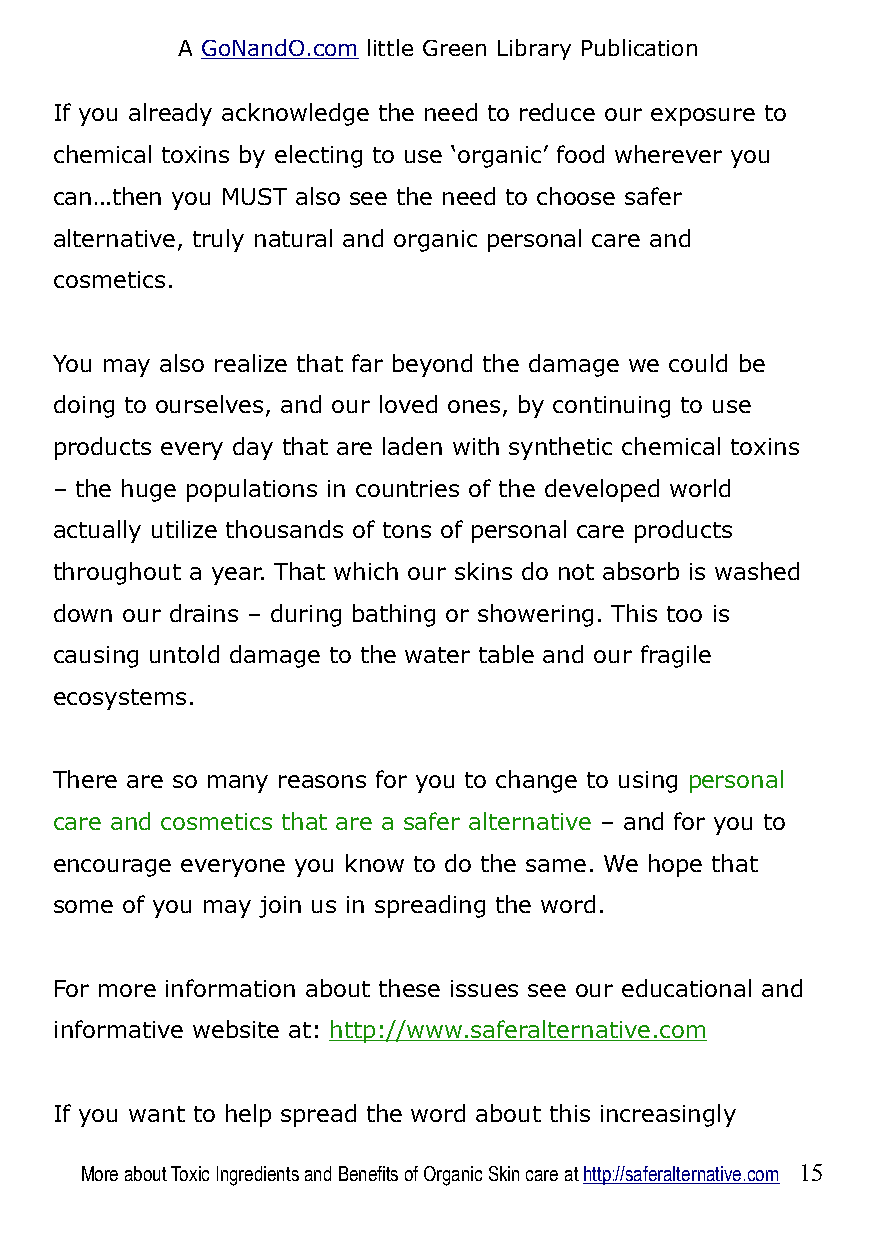
A GoNandO.com little Green Library Publication
 If you already acknowledge the need to reduce our exposure to
 chemical toxins by electing to use ‘organic’ food wherever you
 can…then you MUST also see the need to choose safer
 alternative, truly natural and organic personal care and
 cosmetics.
 You may also realize that far beyond the damage we could be
 doing to ourselves, and our loved ones, by continuing to use
 products every day that are laden with synthetic chemical toxins
 – the huge populations in countries of the developed world
 actually utilize thousands of tons of personal care products
 throughout a year. That which our skins do not absorb is washed
 down our drains – during bathing or showering. This too is
 causing untold damage to the water table and our fragile
 ecosystems.
 There are so many reasons for you to change to using personal
 care and cosmetics that are a safer alternative – and for you to
 encourage everyone you know to do the same. We hope that
 some of you may join us in spreading the word.
 For more information about these issues see our educational and
 informative website at: http://www.saferalternative.com
 If you want to help spread the word about this increasingly
 More about Toxic Ingredients and Benefits of Organic Skin care at http://saferalternative.com 15